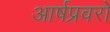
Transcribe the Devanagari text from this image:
आर्षप्रवरो